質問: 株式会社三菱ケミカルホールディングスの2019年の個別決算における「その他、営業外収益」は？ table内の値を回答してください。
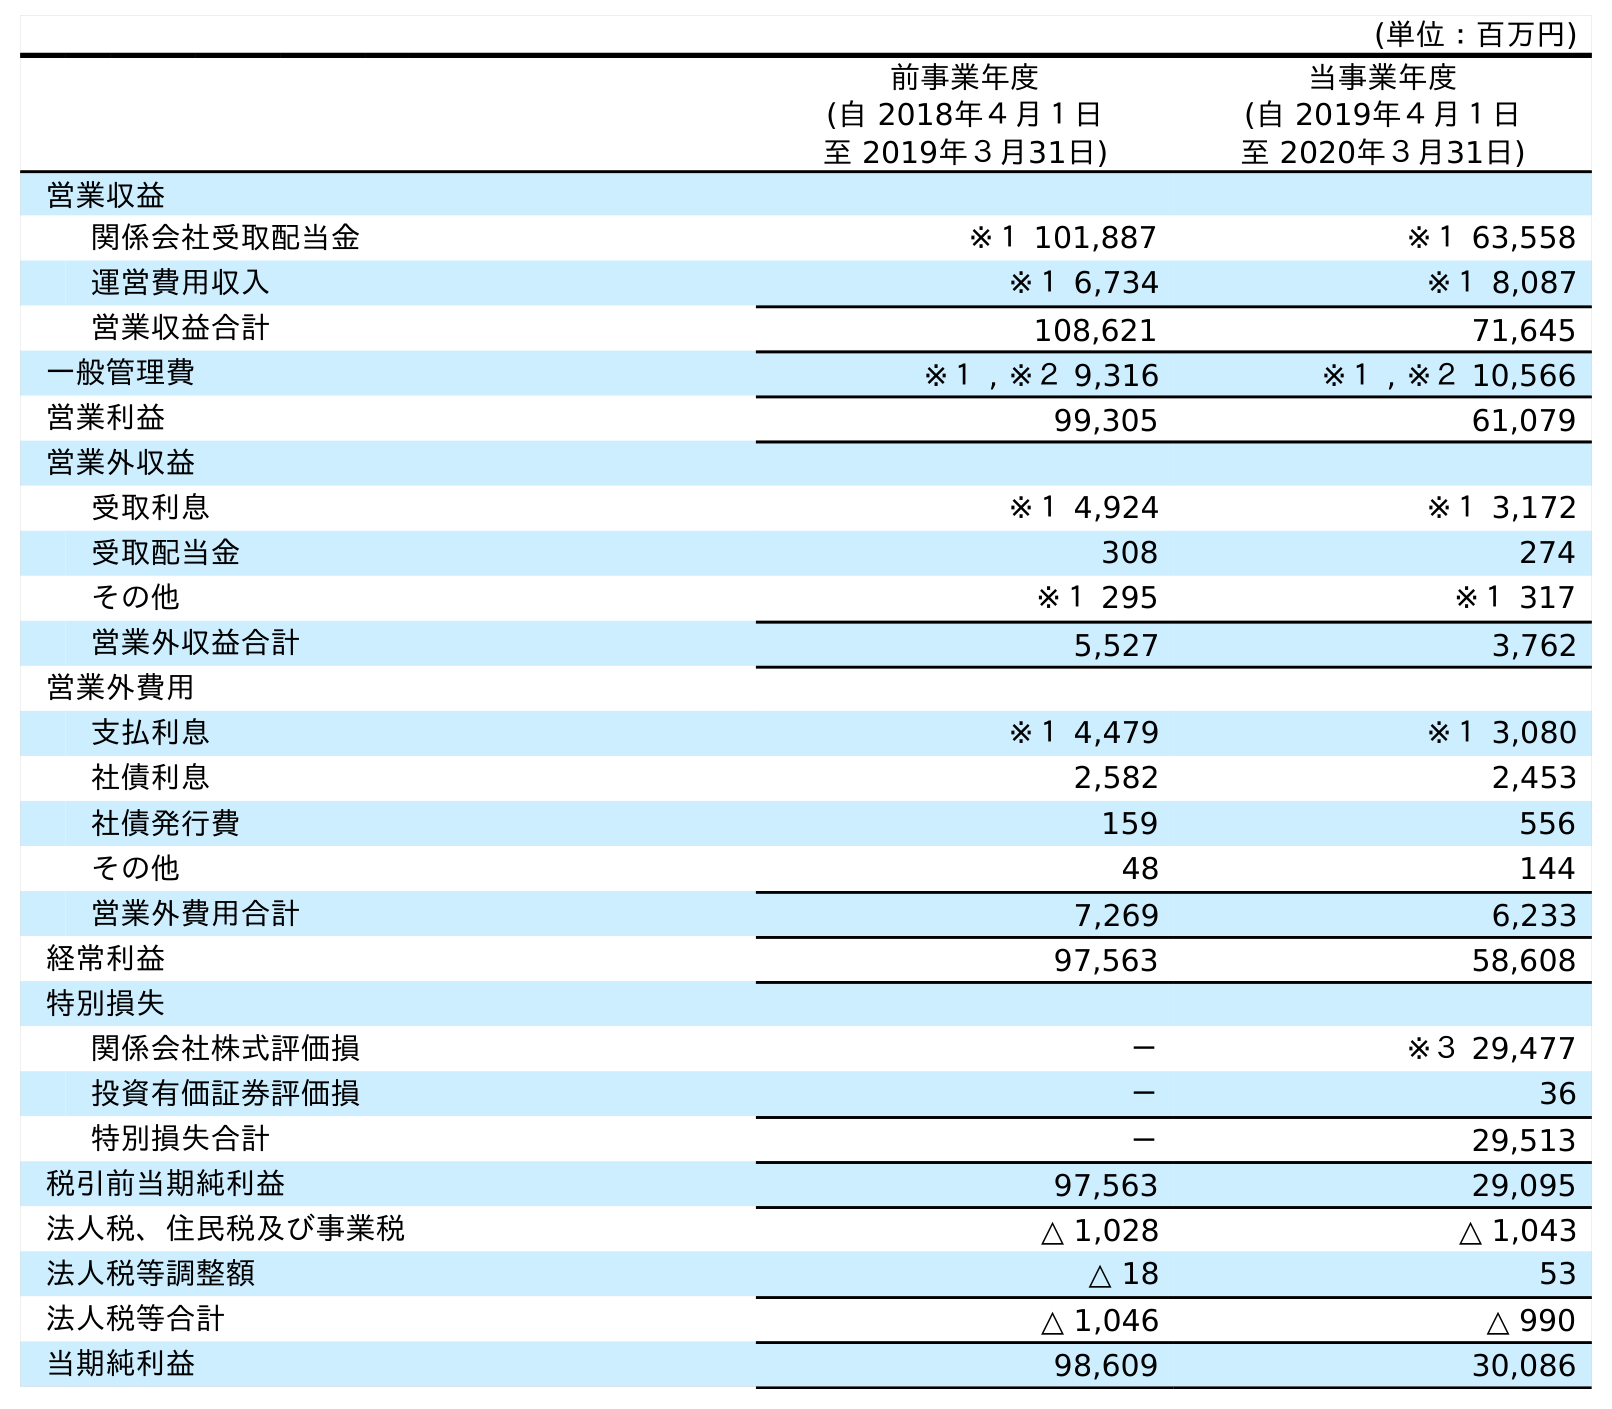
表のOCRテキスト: (単位：百万円) 前事業年度 (自 2018年４月１日 至 2019年３月31日) 当事業年度 (自 2019年４月１日 至 2020年３月31日) 営業収益 関係会社受取配当金 ※１ 101,887 ※１ 63,558 運営費用収入 ※１ 6,734 ※１ 8,087 営業収益合計 108,621 71,645 一般管理費 ※１ , ※２ 9,316 ※１ , ※２ 10,566 営業利益 99,305 61,079 営業外収益 受取利息 ※１ 4,924 ※１ 3,172 受取配当金 308 274 その他 ※１ 295 ※１ 317 営業外収益合計 5,527 3,762 営業外費用 支払利息 ※１ 4,479 ※１ 3,080 社債利息 2,582 2,453 社債発行費 159 556 その他 48 144 営業外費用合計 7,269 6,233 経常利益 97,563 58,608 特別損失 関係会社株式評価損 － ※３ 29,477 投資有価証券評価損 － 36 特別損失合計 － 29,513 税引前当期純利益 97,563 29,095 法人税、住民税及び事業税 △ 1,028 △ 1,043 法人税等調整額 △ 18 53 法人税等合計 △ 1,046 △ 990 当期純利益 98,609 30,086
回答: ※１295